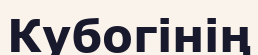
Кубогінің